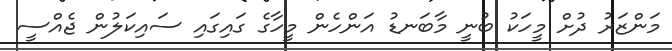
މަންޒަރު ދުށް މީހަކު ބުނީ މާބަނޑު އަންހެން މީހާގެ ގައިގައި ސައިކަލުން ޖެއްސީ